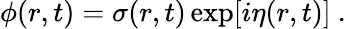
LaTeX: \phi(r,t)=\sigma(r,t)\exp[i\eta(r,t)]\ .